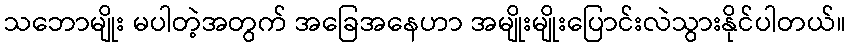
သဘောမျိုး မပါတဲ့အတွက် အခြေအနေဟာ အမျိုးမျိုးပြောင်းလဲသွားနိုင်ပါတယ်။